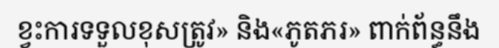
ខ្វះការទទួលខុសត្រូវ» និង«ភូតភរ» ពាក់ព័ន្ធនឹង